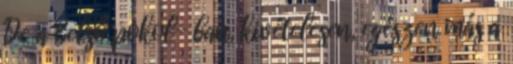
De a Belső pokol- ban, kivételesen, egészen más a